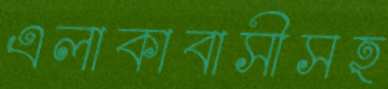
এলাকাবাসীসহ